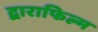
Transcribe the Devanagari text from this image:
द्वाराफिल्म